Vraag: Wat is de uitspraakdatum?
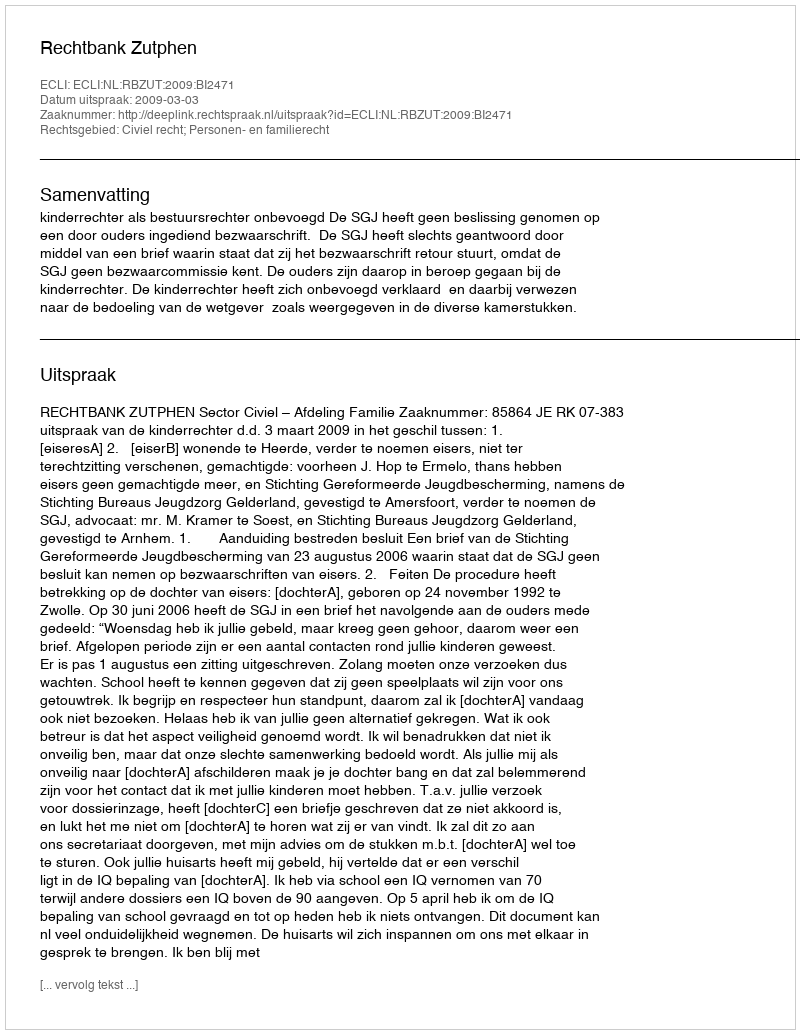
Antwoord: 2009-03-03